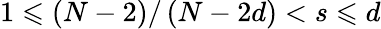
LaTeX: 1\leqslant\left(N-2\right)/\left(N-2d\right)<s\leqslant d